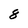
Character: 8